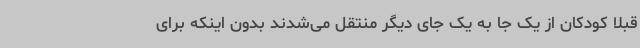
قبلا کودکان از یک جا به یک جای دیگر منتقل می‌شدند بدون اینکه برای